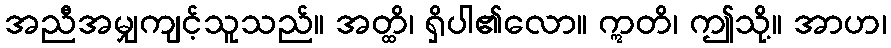
အညီအမျှကျင့်သူသည်။ အတ္ထိ၊ ရှိပါ၏လော။ ဣတိ၊ ဤသို့။ အာဟ၊